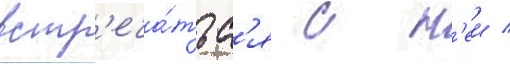
встр'еча́тьс'я с н'еи /